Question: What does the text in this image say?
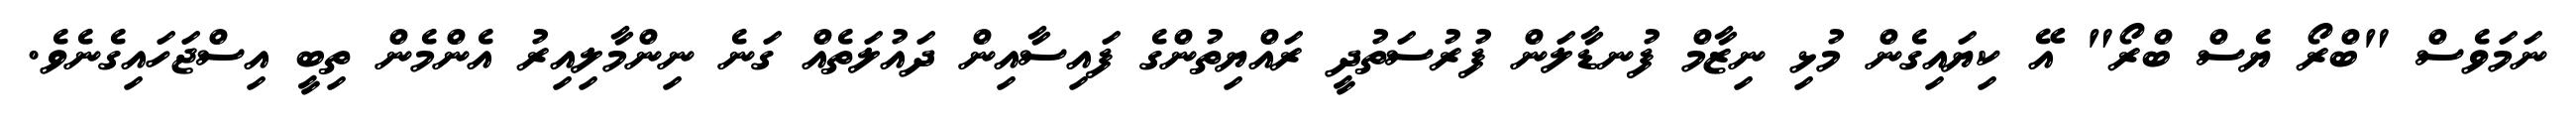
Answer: ނަމަވެސް "ބްރޯ ޔެސް ބްރޯ" އޭ ކިޔައިގެން މުޅި ނިޒާމް ފުނޑާލަން ފުރުސަތުދީ ރައްޔިތުންގެ ފައިސާއިން ދައުލަތެއް ގަނެ ނިންމާލިއިރު އެންމެން ތިބީ އިސްޖަހައިގެނެވެ.